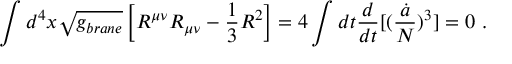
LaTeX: \int d ^ { 4 } x \sqrt { g _ { b r a n e } } \left[ R ^ { \mu \nu } R _ { \mu \nu } - { \frac { 1 } { 3 } } R ^ { 2 } \right] = 4 \int d t { \frac { d } { d t } } [ ( { \frac { \dot { a } } { N } } ) ^ { 3 } ] = 0 \ .